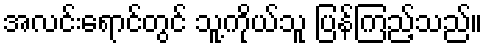
အလင်းရောင်တွင် သူ့ကိုယ်သူ ပြန်ကြည့်သည်။